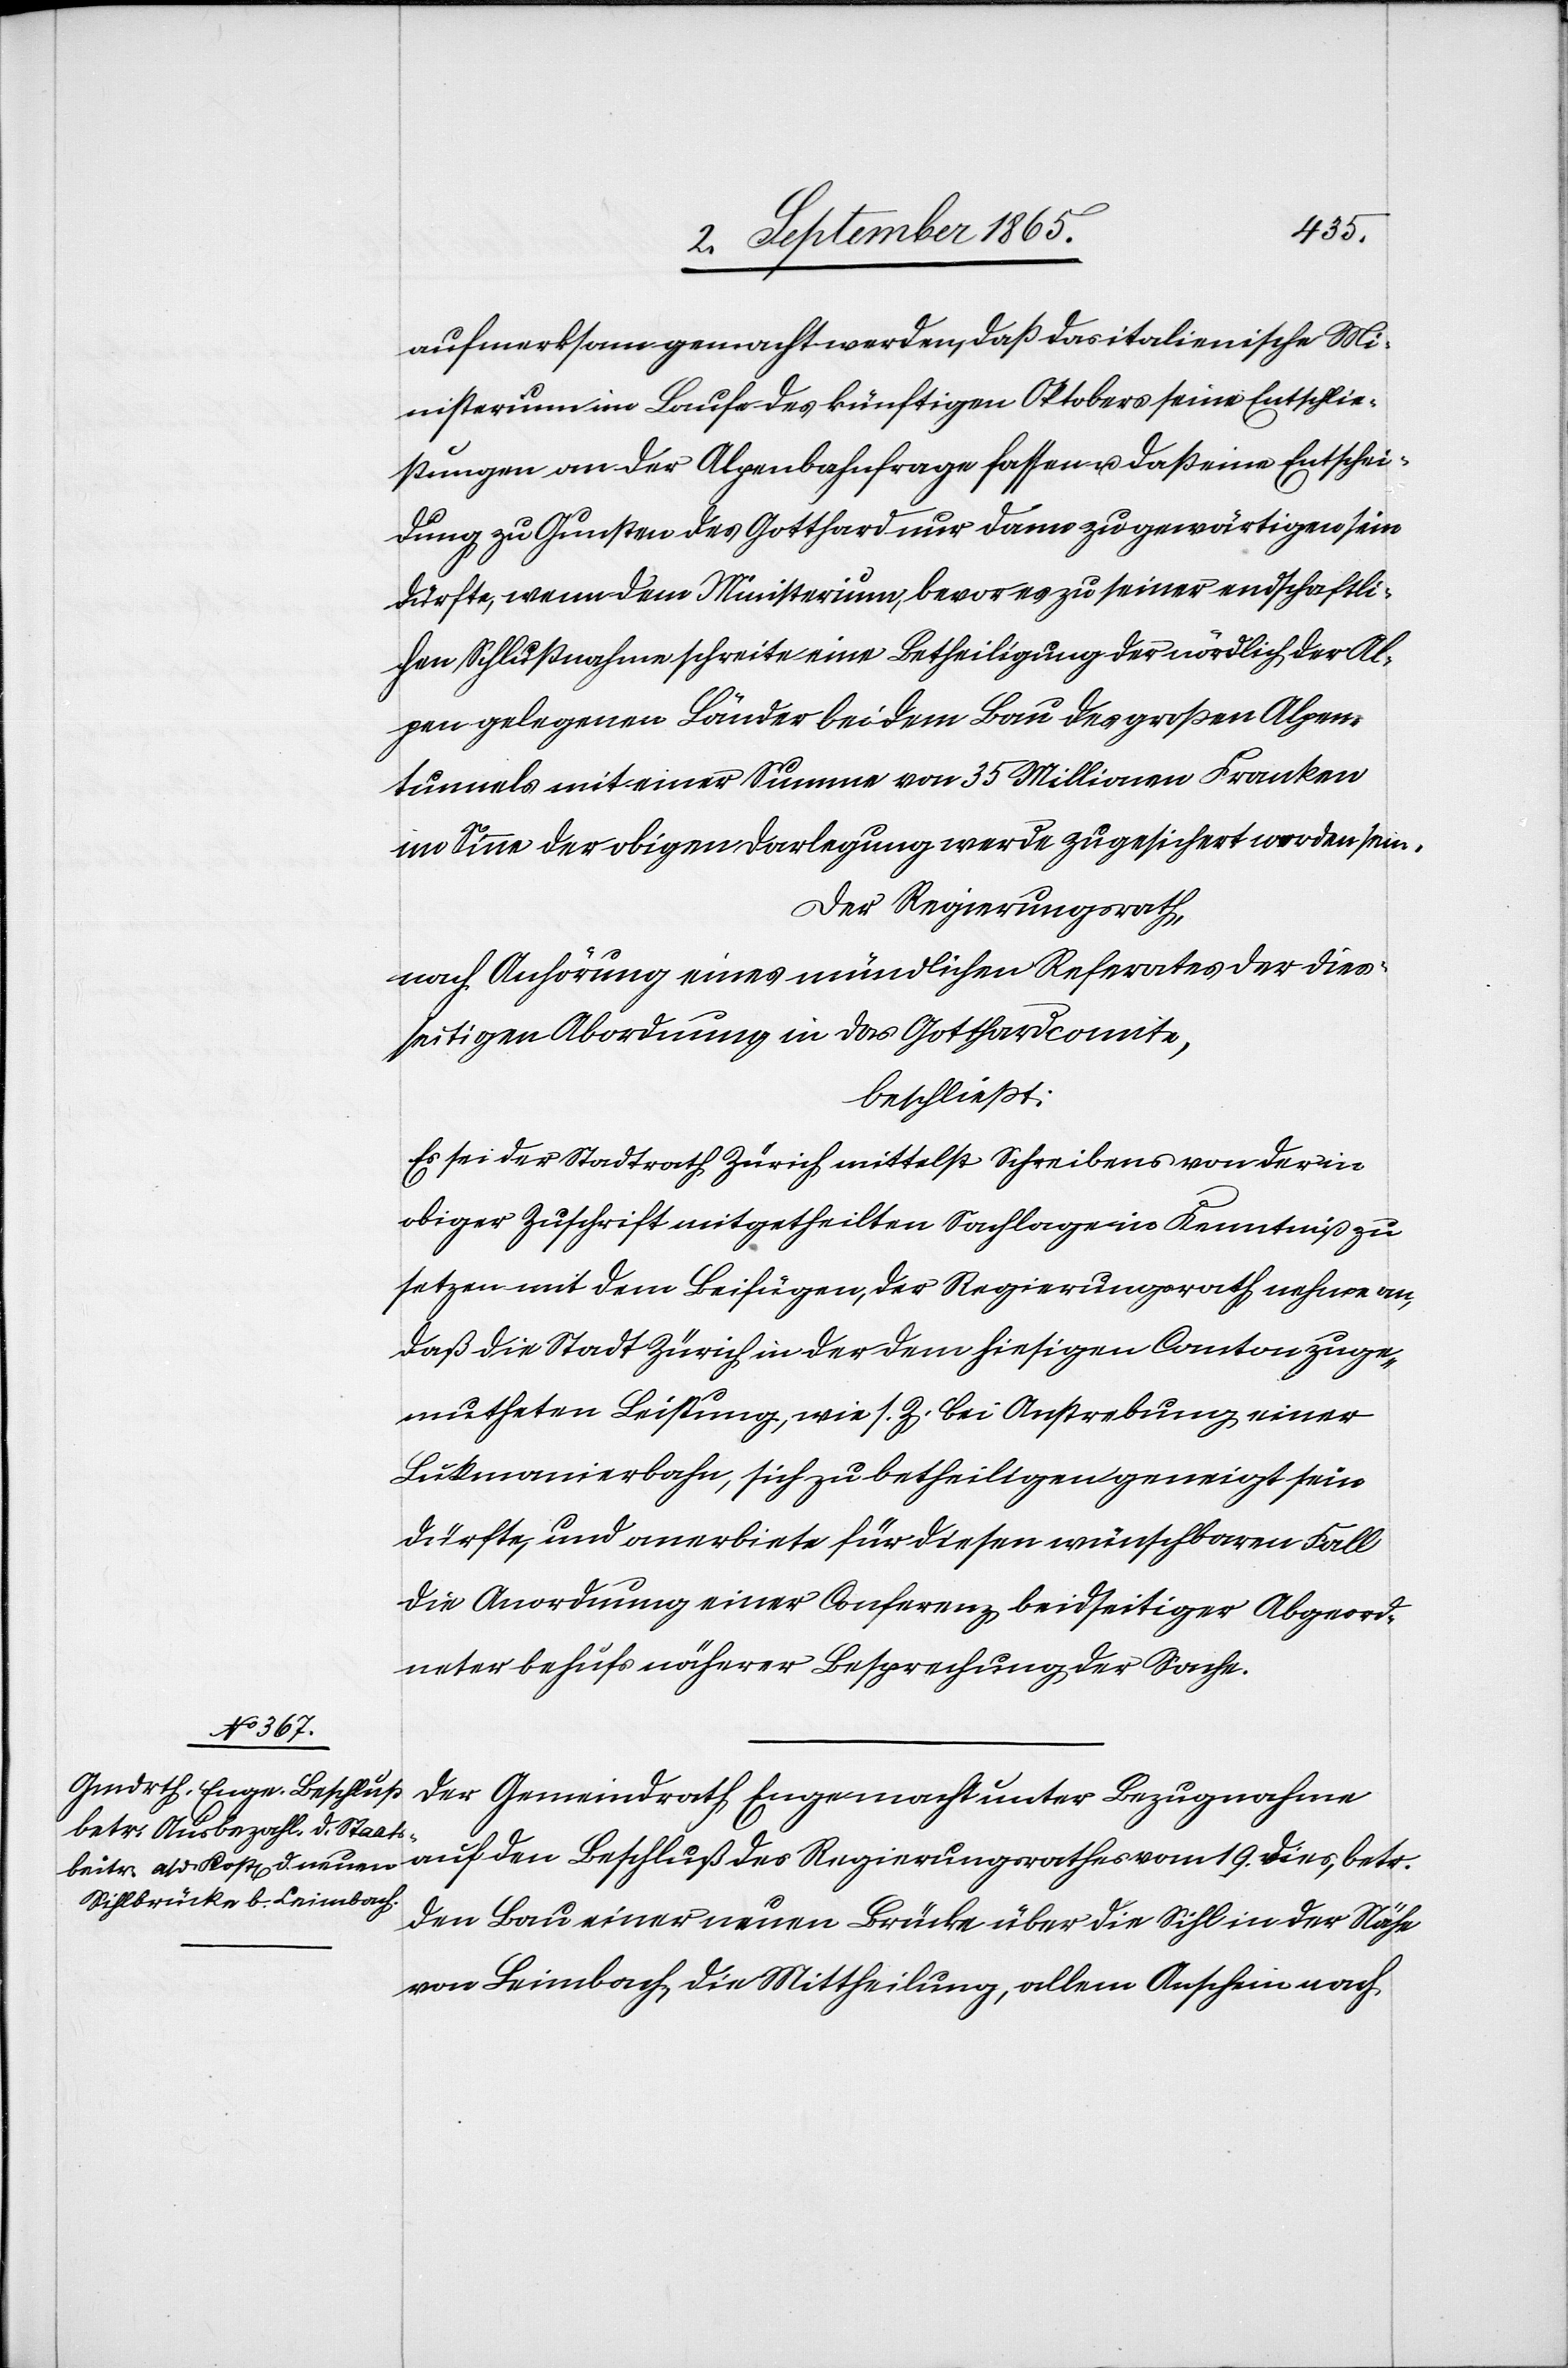
des Regierungsrathes
vom 19.
Der Gemeindrath Enge macht unter Bezugnahme
den Bau einer neuen Brücke über die Sihl in der Nähe
von Leimbach, die Mittheilung, allem Anschein nach